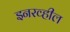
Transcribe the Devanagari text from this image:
इनरव्हील